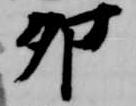
卯